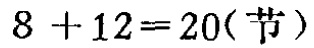
\(8 + 12=20(\text{节})\)